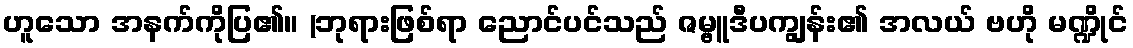
ဟူသော အနက်ကိုပြ၏။ (ဘုရားဖြစ်ရာ ညောင်ပင်သည် ဇမ္ဗူဒီပကျွန်း၏ အလယ် ဗဟို မဏ္ဍိုင်